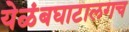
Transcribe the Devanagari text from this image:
येळंबघाटालगच